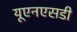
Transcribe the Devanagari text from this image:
यूएनएसडी